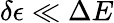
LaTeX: \delta\epsilon\ll\Delta E